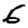
Digit: 6